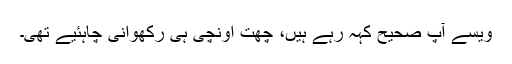
ویسے آپ صحیح کہہ رہے ہیں، چھت اونچی ہی رکھوانی چاہئیے تھی۔